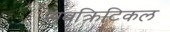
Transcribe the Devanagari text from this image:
सबक्रिटिकल